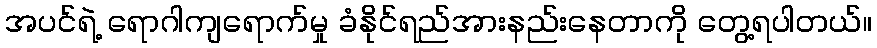
အပင်ရဲ့ ရောဂါကျရောက်မှု ခံနိုင်ရည်အားနည်းနေတာကို တွေ့ရပါတယ်။